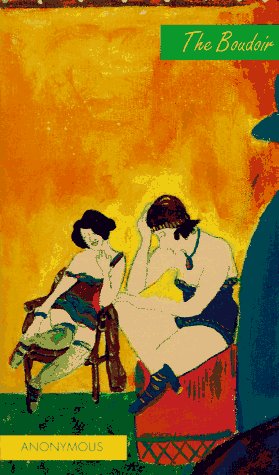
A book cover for The Boudoir: A Journal of Voluptuous Victorian Reading; Blue Moon Books; Romance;